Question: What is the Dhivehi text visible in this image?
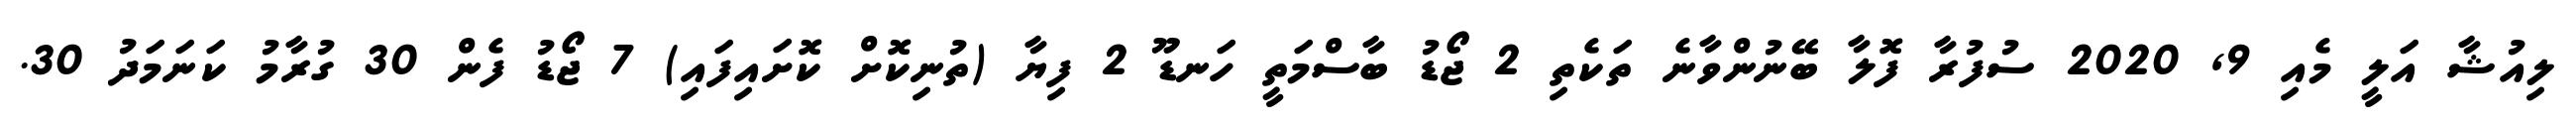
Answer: ލިއުޝާ އަލީ މެއި 9, 2020 ސުފުރާ ފޮލާ ބޭނުންވާނެ ތަކެތި 2 ޖޯޑު ބާސްމަތީ ހަނޑޫ 2 ފިޔާ (ތުނިކޮށް ކޮށައިފައި) 7 ޖޯޑު ފެން 30 ގުރާމު ކަނަމަދު 30.